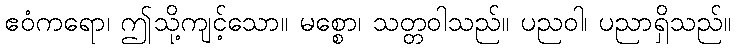
ဧဝံကရော၊ ဤသို့ကျင့်သော။ မစ္စော၊ သတ္တဝါသည်။ ပညဝါ၊ ပညာရှိသည်။